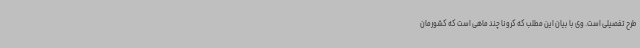
طرح تفصیلی است. وی با بیان این مطلب که کرونا چند ماهی است که کشورمان